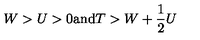
W > U > 0 \mathrm { a n d } T > W + \frac { 1 } { 2 } U